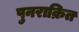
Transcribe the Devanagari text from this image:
पुनराक्रित